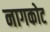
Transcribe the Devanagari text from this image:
नागकोट